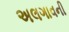
અલગાવની